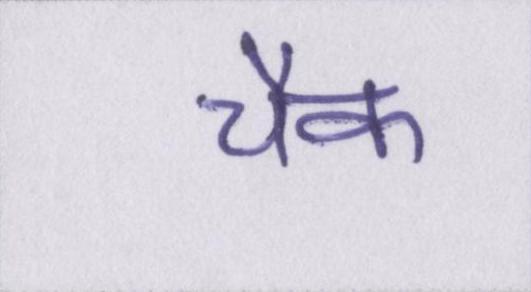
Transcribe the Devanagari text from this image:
चैक